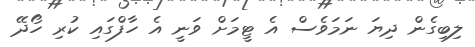
ލިބިގެން ދިޔަ ނަމަވެސް އެ ޓީމަށް ވަނީ އެ ހާފްގައި ކުރި ހޯދޭ